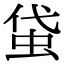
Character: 𧊇